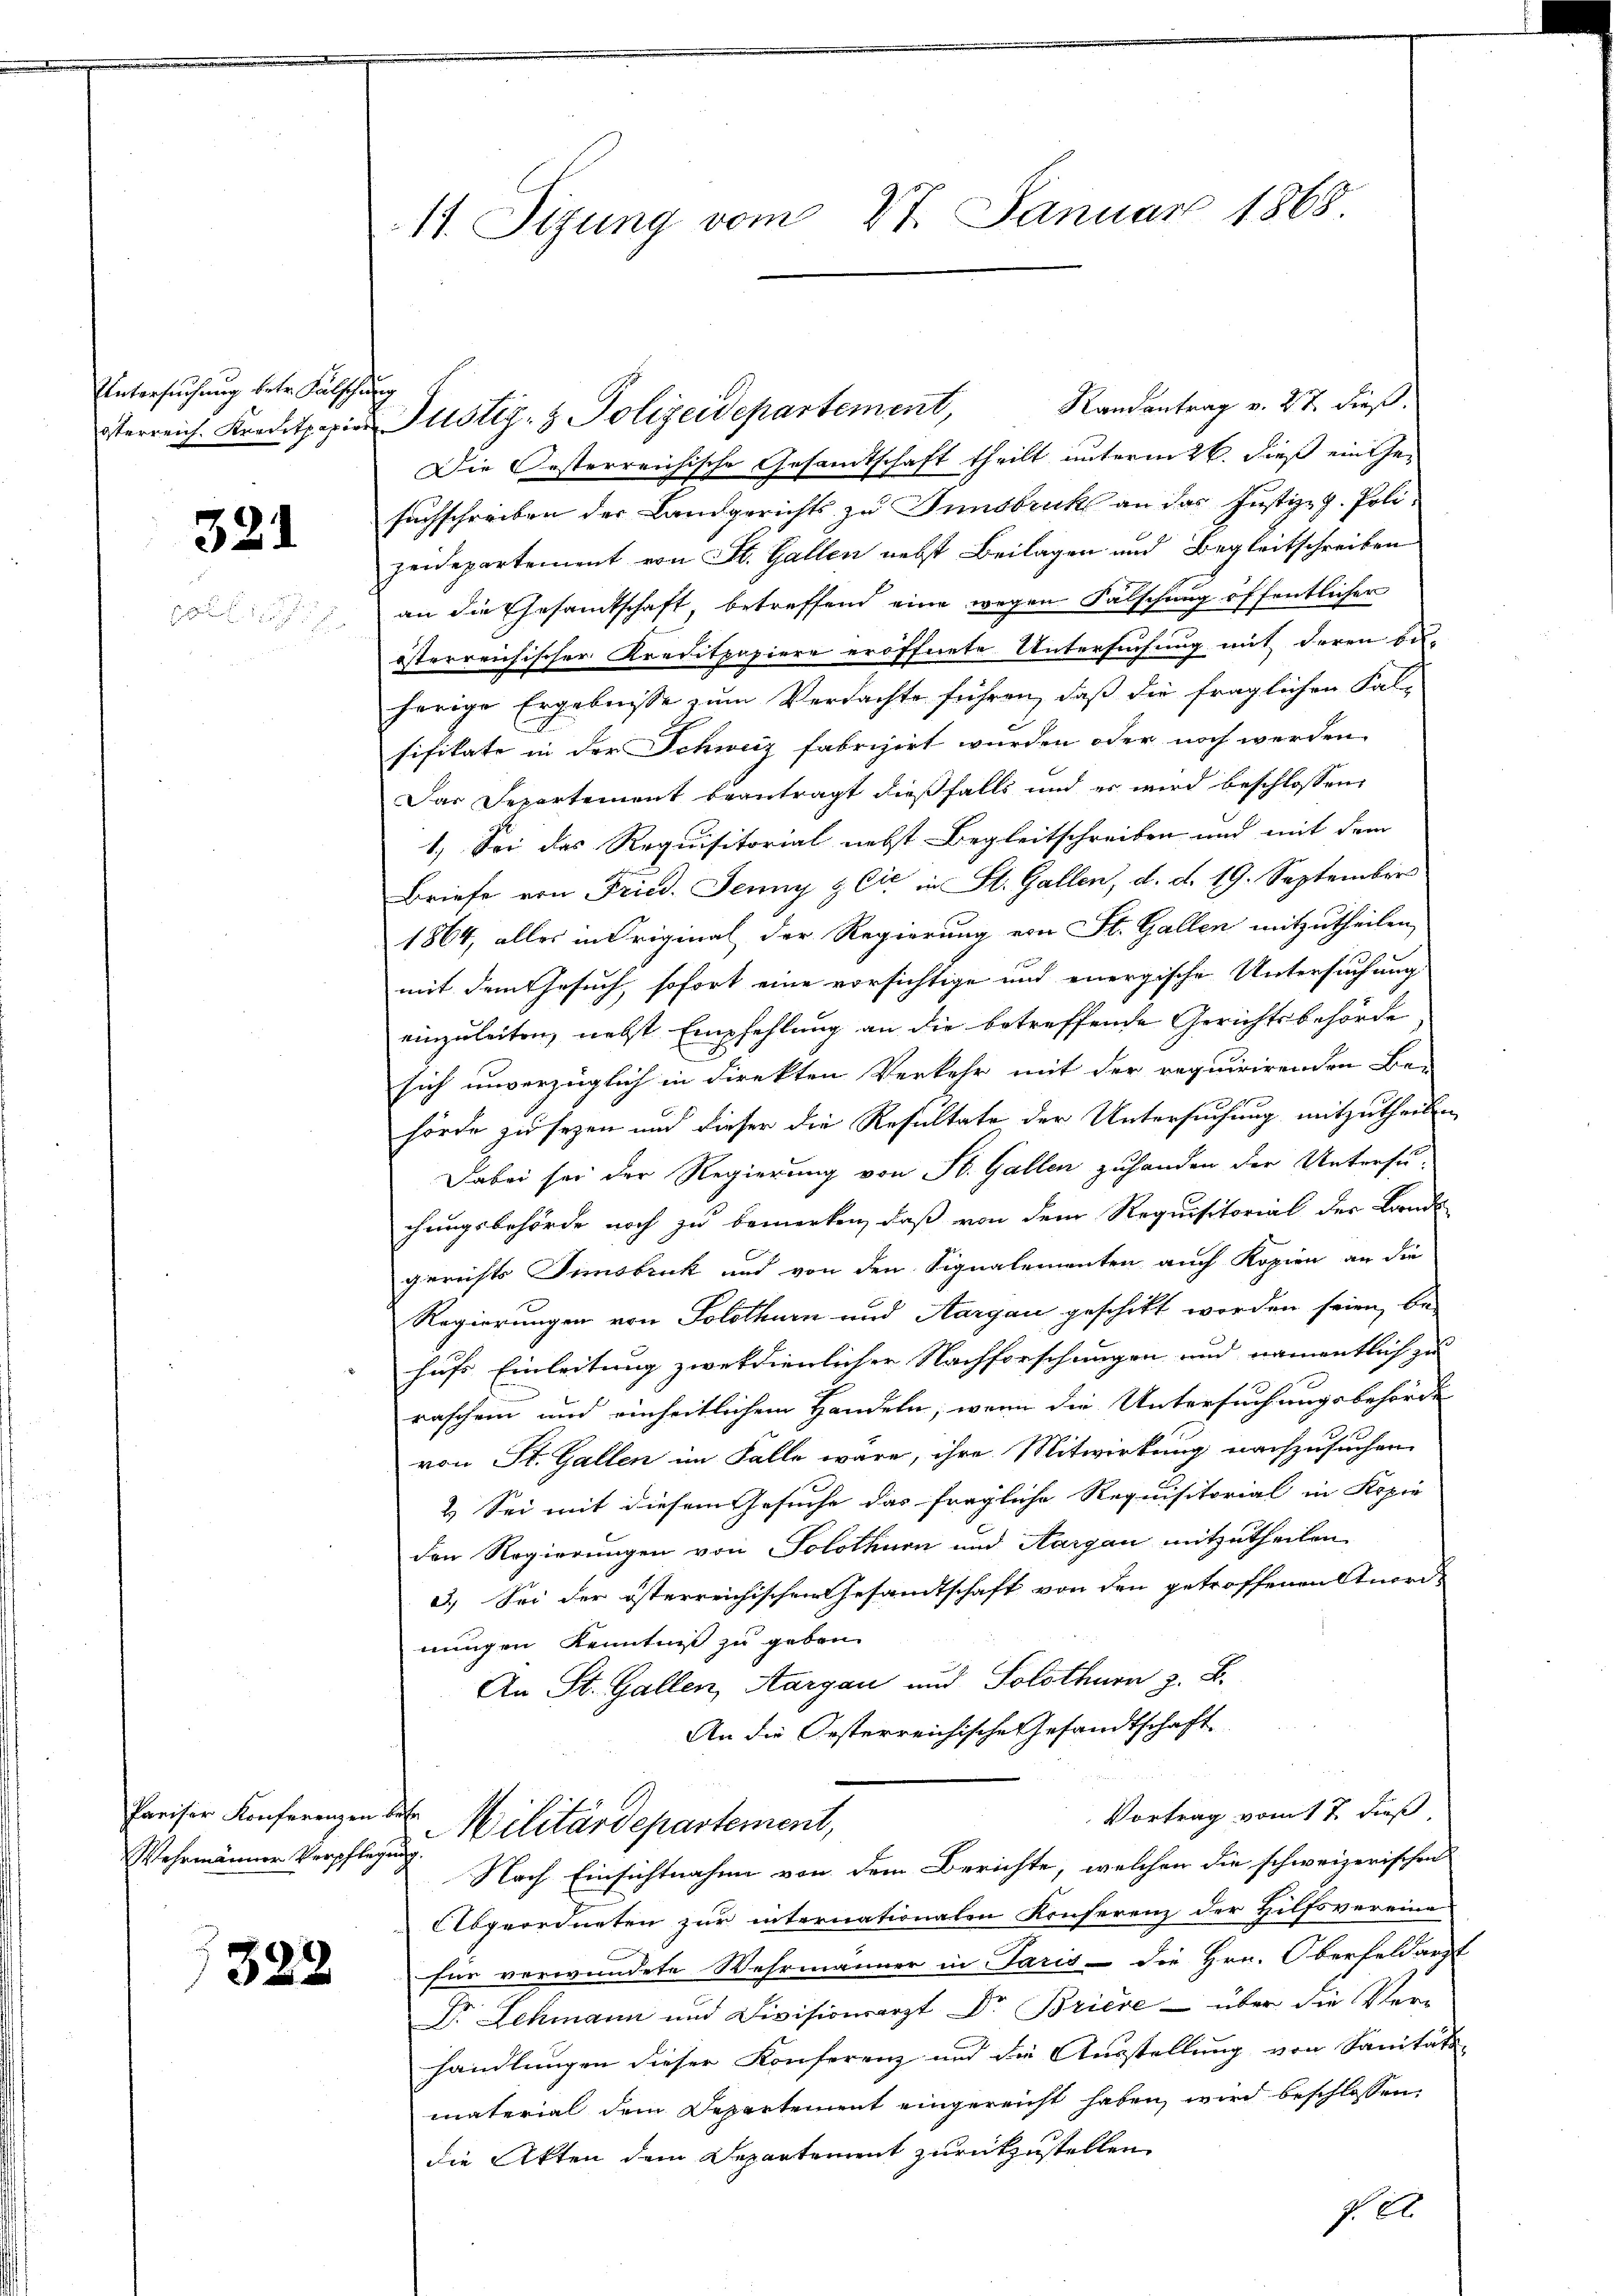
Untersuchung betr. Fälschung

321

Wehrmänner Verpflegung

/328

Randantrag v. 27. dieß.
Die Oesterreichische Gesandtschaft theilt unterm 26. dieß einen
suchschreiben der Landgerichts zu Innsbruck an das Justiz-g. Polizeidepartement von St. Gallen nebst Beilagen und Begleitschreiben
an die Gesamtschaft, betreffend eine wegen Falschung öffentlicher
österreichischer Kreditpapiere eröffnete Untersuchung mit deren be-
herige Ergebnisse zum Verdachte führen, daß die fraglichen Fal-
sifikate in der Schweiz fabrizirt wurden oder noch werden
Das Separtement beantragt dießfalls und er wird beschlossen:
1.) Sei das Requisitorial nebst Begleitschreiben und mit dem
Briefe von Fried. Jenny & Cie in St. Gallen, d. d. 19. September
1864, alles in Original der Regierung von St. Gallen mitzutheilen,
mit dem Gesuch, sofort eine vorsichtige und energische Untersuchung
einzuleiten, nebst Empfehlung an die betreffende Gerichtsbehörde
sich unverzüglich in direkten Verkehr mit der requirirenden Be-
hörde zu sezen und dieser die Resultate der Untersuchung mitzutheilen
Dabei sei der Regierung von St. Gallen zuhanden der Untersuchungsbehörde noch zu bemerken, daß von dem Requisitorial der Lande
gerichts Innsbruck und von den Signalementen auch Kopien an die
Regierungen von Solothurn und Aargau geschikt worden seien, be-
hufs Einleitung zwekdienlicher Nachforschungen und namentlich zu
raschen und einheitlichem Handeln, wenn die Untersuchungsbehörde
von St. Gallen im Falle wäre, ihre Mitwirkung nachzusuchen
2.) Sei mit diesem Gesuche das fragliche Requisitorial in Kopie
den Regierungen von Solothurn und Aargau mitzutheilen
3.) Sei der österreichischen Gesandtschaft von den getroffenen Anord-
nungen Kenntniß zu geben.
An St. Gallen, Aargau und Solothurn z. B.
An die Oesterreichische Gesandtschaft
Vortrag vom 17. dieß
Pariser Konferenzen der Militärdepartement,
Nach Einsichtnahme von dem Berichte, welchen die schweizerischen
Abgeordneten zur internationalen Konferenz der Hilfsvereine
für verwundete Wehrmänner in Paris - die Hrn. Oberfeldarzt
Dr. Lehmann und Divisionsarzt Dr. Briese - über die Ver-
handlungen dieser Konferenz und die Ausstellung von Sanitäts-
material dem Departement eingereicht haben, wird beschlossen,
die Akten dem Departement zurückzustellen
s. E

11. Sizung vom 27. Januar 1868

terreich. Kreditpapier Justiz- & Polizeidepartement,